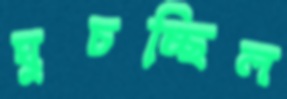
ঘুচচ্ছিল